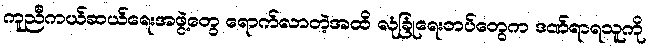
ကူညီကယ်ဆယ်ရေးအဖွဲ့တွေ ရောက်လာတဲ့အထိ လုံခြုံရေးတပ်တွေက ဒဏ်ရာရသူကို